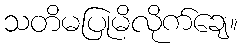
သတိမပြုမိလိုက်ချေ။